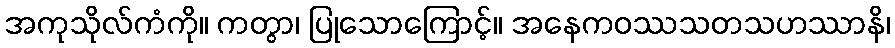
အကုသိုလ်ကံကို။ ကတွာ၊ ပြုသောကြောင့်။ အနေကဝဿသတသဟဿာနိ၊